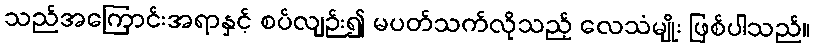
သည်အကြောင်းအရာနှင့် စပ်လျဉ်း၍ မပတ်သက်လိုသည့် လေသံမျိုး ဖြစ်ပါသည်။